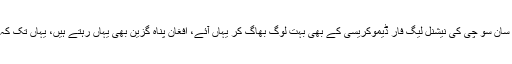
برما میں فوجی حکومت کے دوران آنگ سان سو چی کی نیشنل لیگ فار ڈیموکریسی کے بھی بہت لوگ بھاگ کر یہاں آئے، افغان پناہ گزین بھی یہاں رہتے ہیں، یہاں تک کہ دہلی کا ایک علاقہ ‘لٹل کابل‘ کہلاتا ہے۔